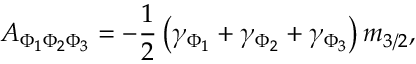
A _ { \Phi _ { 1 } \Phi _ { 2 } \Phi _ { 3 } } = - { \frac { 1 } { 2 } } \left( \gamma _ { \Phi _ { 1 } } + \gamma _ { \Phi _ { 2 } } + \gamma _ { \Phi _ { 3 } } \right) m _ { 3 / 2 } ,